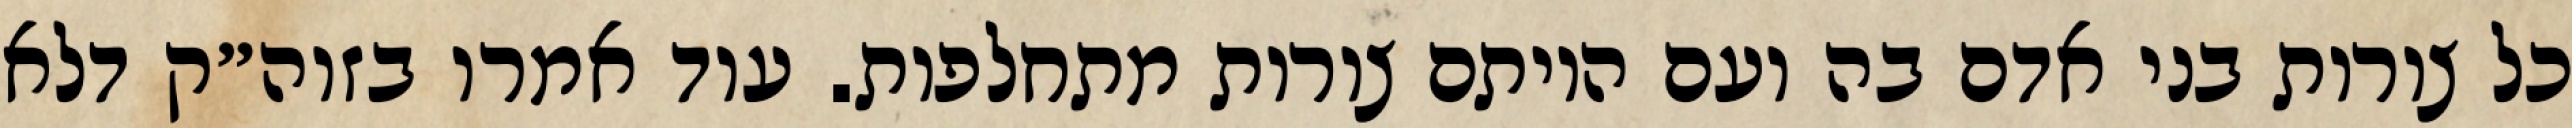
כל צורות בני אדם בה ועם היותם צורות מתחלפות. עוד אמרו בזוה״ק דלא